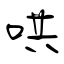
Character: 哄